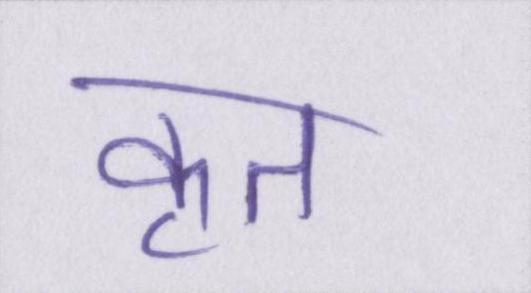
कृत